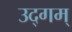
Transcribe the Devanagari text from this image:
उद्गम्